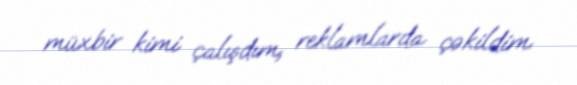
müxbir kimi çalışdım, reklamlarda çəkildim.